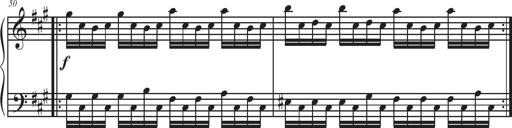
Title: Sonatina Espania
Composer: Jerald Franklin Archer
Key: Various